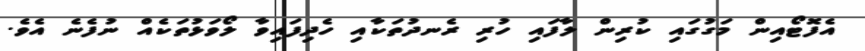
އެފޮޓޯއިން މަގުގައި ކުރިން ލާފައި ހުރި ރެނދުތަކާއި ހެދިފައިވާ ލޯވަޅުތަކެއް ނުފެނެ އެވެ.